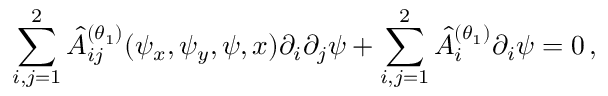
\sum _ { i , j = 1 } ^ { 2 } \hat { A } _ { i j } ^ { ( \theta _ { 1 } ) } ( \psi _ { x } , \psi _ { y } , \psi , x ) \partial _ { i } \partial _ { j } \psi + \sum _ { i , j = 1 } ^ { 2 } \hat { A } _ { i } ^ { ( \theta _ { 1 } ) } \partial _ { i } \psi = 0 \, ,